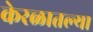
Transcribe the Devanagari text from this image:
केरळातल्या